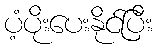
ပံ့ပိုးပေးနိုင်ပြီး